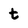
Character: t